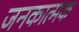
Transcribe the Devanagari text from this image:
जनकात्मक